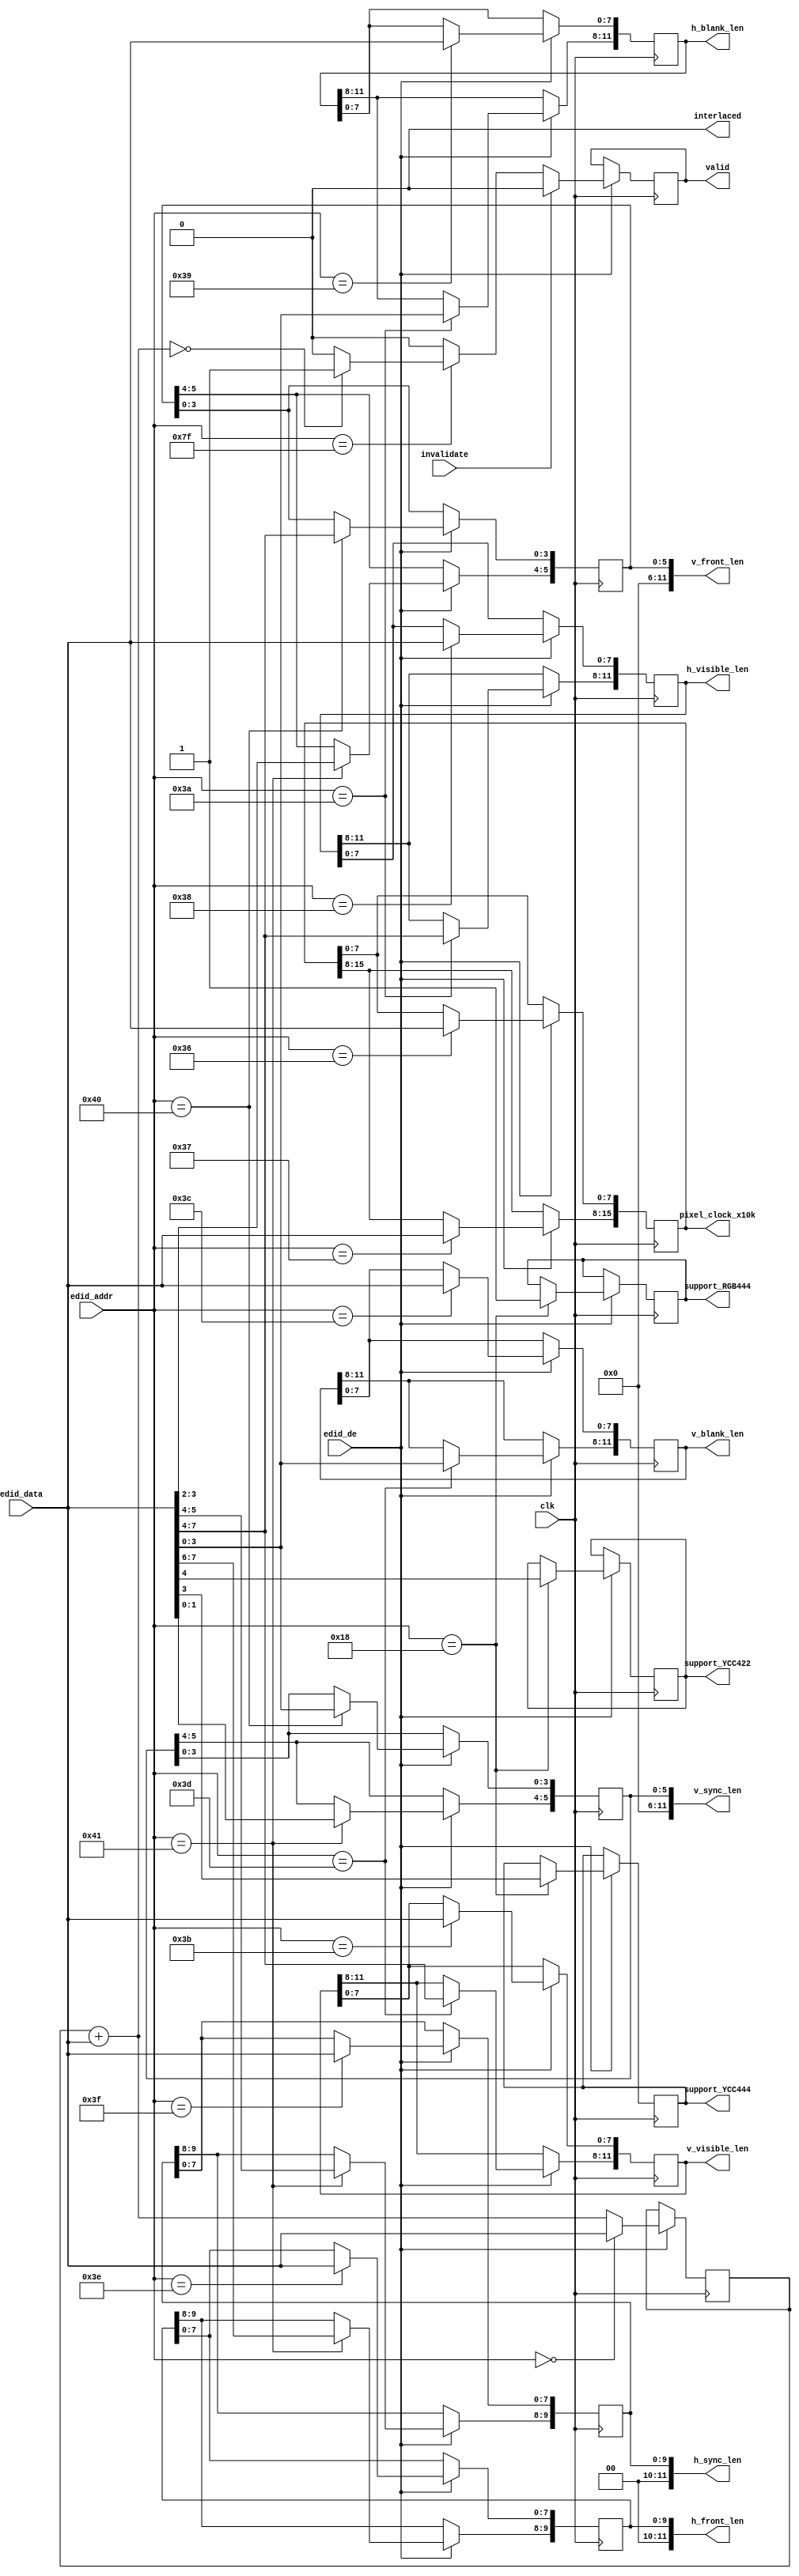
// This program was cloned from: https://github.com/hamsternz/DisplayPort_Verilog
// License: MIT License

///////////////////////////////////////////////////////////////////////////////
// ./src/auxch/edid_decode.v : 
//
//
// Part of the DisplayPort_Verlog project - an open implementation of the 
// DisplayPort protocol for FPGA boards. 
//
// See https://github.com/hamsternz/DisplayPort_Verilog for latest versions.
//
///////////////////////////////////////////////////////////////////////////////
// Version |  Notes
// ----------------------------------------------------------------------------
//   1.0   | Initial Release
//
///////////////////////////////////////////////////////////////////////////////
//
// MIT License
// 
// Copyright (c) 2019 Mike Field
// 
// Permission is hereby granted, free of charge, to any person obtaining a copy
// of this software and associated documentation files (the "Software"), to deal
// in the Software without restriction, including without limitation the rights
// to use, copy, modify, merge, publish, distribute, sublicense, and/or sell
// copies of the Software, and to permit persons to whom the Software is
// furnished to do so, subject to the following conditions:
// 
// The above copyright notice and this permission notice shall be included in all
// copies or substantial portions of the Software.
// 
// THE SOFTWARE IS PROVIDED "AS IS", WITHOUT WARRANTY OF ANY KIND, EXPRESS OR
// IMPLIED, INCLUDING BUT NOT LIMITED TO THE WARRANTIES OF MERCHANTABILITY,
// FITNESS FOR A PARTICULAR PURPOSE AND NONINFRINGEMENT. IN NO EVENT SHALL THE
// AUTHORS OR COPYRIGHT HOLDERS BE LIABLE FOR ANY CLAIM, DAMAGES OR OTHER
// LIABILITY, WHETHER IN AN ACTION OF CONTRACT, TORT OR OTHERWISE, ARISING FROM,
// OUT OF OR IN CONNECTION WITH THE SOFTWARE OR THE USE OR OTHER DEALINGS IN THE
// SOFTWARE.
//
///////////////////////////////////////////////////////////////////////////////
//
// Want to say thanks?
//
// This design has taken many hours - 3 months of work for the initial VHDL
// design, and another month or so to convert it to Verilog for this release.
//
// I'm more than happy to share it if you can make use of it. It is released
// under the MIT license, so you are not under any onus to say thanks, but....
//
// If you what to say thanks for this design either drop me an email, or how about
// trying PayPal to my email (hamster@snap.net.nz)?
//
//  Educational use - Enough for a beer
//  Hobbyist use    - Enough for a pizza
//  Research use    - Enough to take the family out to dinner
//  Commercial use  - A weeks pay for an engineer (I wish!)
//
///////////////////////////////////////////////////////////////////////////////
`timescale 1ns / 1ps

module edid_decode(
          input         clk,

          input         edid_de,
          input  [7:0]  edid_data,
          input  [7:0]  edid_addr,
          input         invalidate,

          output reg        valid,

          output reg        support_RGB444,
          output reg        support_YCC444,
          output reg        support_YCC422,

          output reg [15:0] pixel_clock_x10k,

          output reg [11:0] h_visible_len,
          output reg [11:0] h_blank_len,
          output reg [11:0] h_front_len,
          output reg [11:0] h_sync_len,

          output reg [11:0] v_visible_len,
          output reg [11:0] v_blank_len,
          output reg [11:0] v_front_len,
          output reg [11:0] v_sync_len,
          output reg        interlaced
    );

   reg  [7:0] checksum;
   wire [7:0] checksum_next;
   
   assign checksum_next =  checksum + edid_data;


initial begin
    checksum = 8'b0;
    valid   = 1'b0;

    support_RGB444   = 1'b0;
    support_YCC444   = 1'b0;
    support_YCC422   = 1'b0;

    pixel_clock_x10k = 16'b0;

    h_visible_len   = 12'b0;
    h_blank_len   = 12'b0;
    h_front_len   = 12'b0;
    h_sync_len   = 12'b0;

    v_visible_len   = 12'b0;
    v_blank_len   = 12'b0;
    v_front_len   = 12'b0;
    v_sync_len   = 12'b0;
    interlaced   = 1'b0;
end 

always @(posedge clk) begin
    if(edid_de == 1'b1) begin
        checksum <= checksum_next;
        valid    <= 1'b0;
        case(edid_addr)
            8'h00: begin // reset the checksum
                       checksum <= edid_data;
                   end
            8'h18: begin // Colour modes supported
                          support_RGB444 <= 1'b1;
                          support_YCC444 <= edid_data[3];
                          support_YCC422 <= edid_data[4];
                   end
            // Timing 0 - 1    
            8'h36: begin
                       pixel_clock_x10k[7:0] <= edid_data;
                   end
            8'h37: begin
                        pixel_clock_x10k[15:8] <= edid_data;
                   end
                
            // Timing 2 - 4    
            8'h38: begin
                       h_visible_len[7:0] <= edid_data;
                   end
            8'h39: begin
                       h_blank_len[7:0]    <= edid_data;
                   end
            8'h3a: begin
                       h_visible_len[11:8] <= edid_data[7:4];
                       h_blank_len[11:8]   <= edid_data[3:0];
                   end

            // Timing 5 - 7    
            8'h3B: begin
                       v_visible_len[7:0] <= edid_data;
                   end
            8'h3C: begin
                       v_blank_len[7:0]    <= edid_data;
                   end
            8'h3D: begin
                       v_visible_len[11:8] <= edid_data[7:4];
                       v_blank_len[11:8]   <= edid_data[3:0];
                   end
            // Timing 8 - 11
            8'h3E: begin
                       h_front_len[ 7:0]   <= edid_data;
                   end
            8'h3F: begin
                       h_sync_len[  7:0]   <= edid_data;
                   end
            8'h40: begin
                       v_front_len[ 3:0]   <= edid_data[7:4];
                       v_sync_len[  3:0]   <= edid_data[3:0];
                   end
            8'h41: begin
                       h_front_len[ 9:8]   <= edid_data[7:6];
                       h_sync_len[  9:8]   <= edid_data[5:4];
                       v_front_len[ 5:4]   <= edid_data[3:2];
                       v_sync_len[  5:4]   <= edid_data[1:0];
                   end
            // Timing 11-16 not used - that is the physical 
            // size and boarder.
            8'h7F: begin
                       if(checksum_next == 8'h00) begin
                             valid <= 1'b1;
                       end
                   end
        endcase

        //----------------------------------------------
        // Allow for an external event to invalidate the 
        // outputs (e.g. hot plug)
        //----------------------------------------------
        if(invalidate == 1'b1) begin
           valid <= 1'b0;
        end
    end
end
endmodule